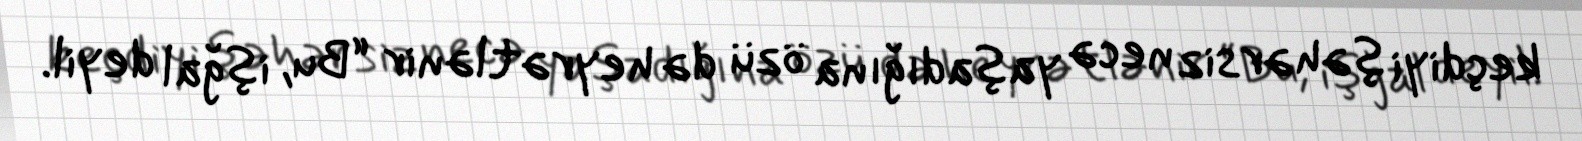
keçdiyi şəhərsiz necə yaşadığına özü də heyrətlənir “Bu, işğal deyil.